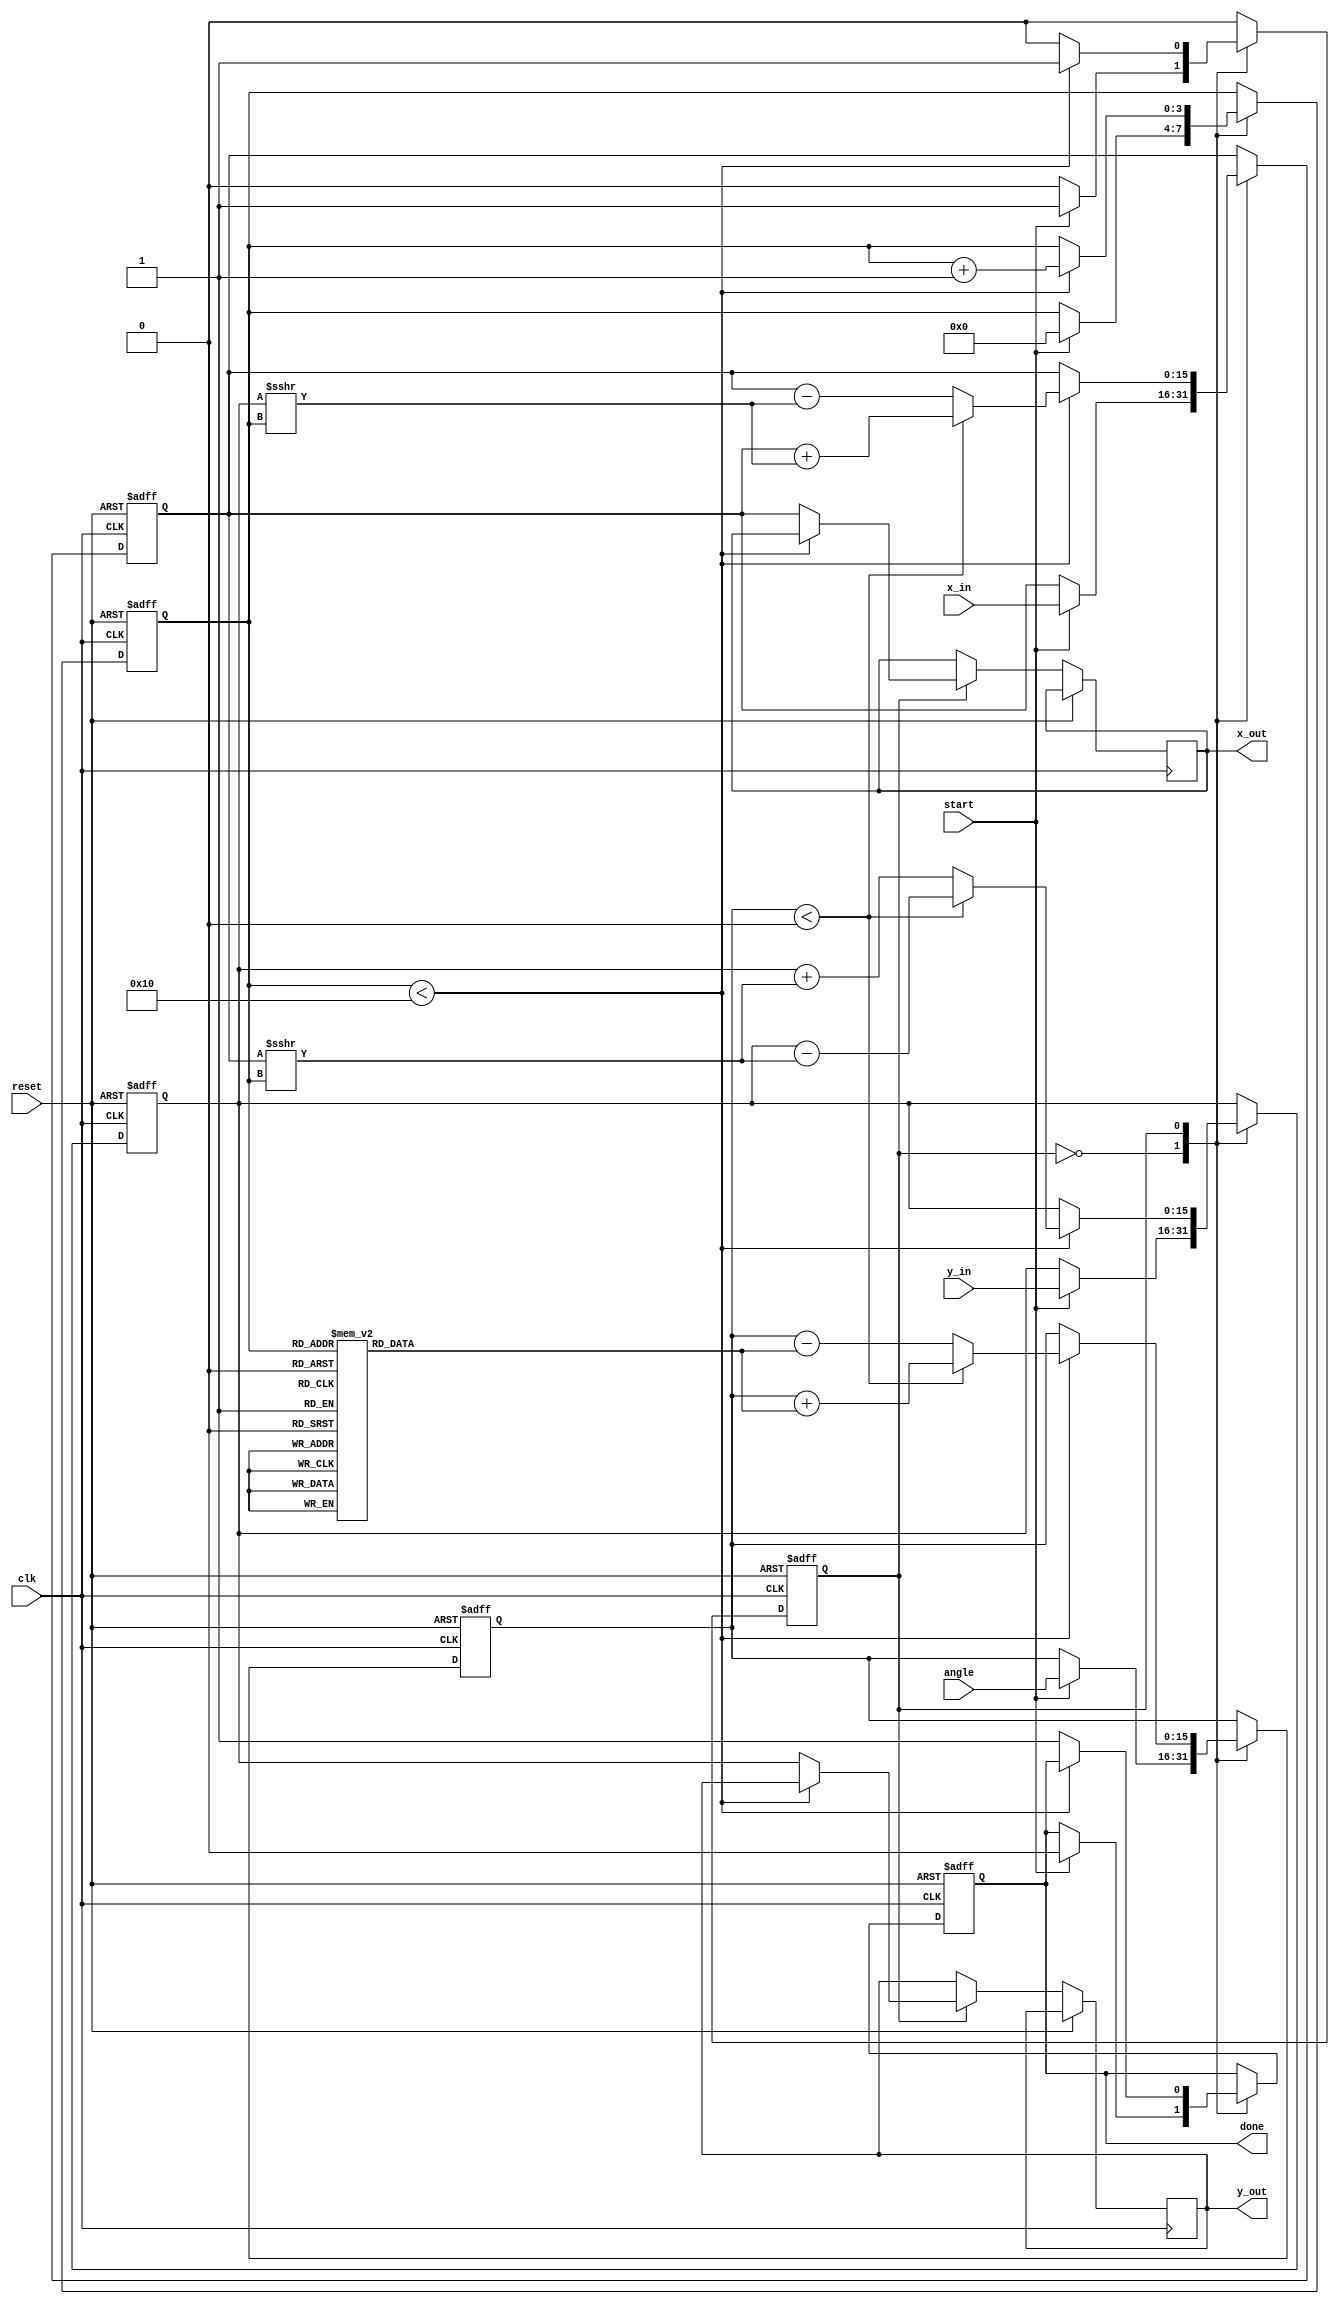
module cordic (
    input wire clk,
    input wire reset,
    input wire start,
    input wire signed [15:0] angle, // Fixed-point angle input
    input wire signed [15:0] x_in,   // Fixed-point x input
    input wire signed [15:0] y_in,   // Fixed-point y input
    output reg signed [15:0] x_out,  // Fixed-point x output
    output reg signed [15:0] y_out,  // Fixed-point y output
    output reg done                 // Operation completion flag
);

    // Parameters
    parameter NUM_ITERATIONS = 16;  // Number of CORDIC iterations
    parameter FIXED_POINT_WIDTH = 16; // Bit-width for fixed-point representation

    // Lookup Table for arctangent values (fixed-point)
    reg signed [FIXED_POINT_WIDTH-1:0] atan_lut [0:NUM_ITERATIONS-1];
    initial begin
        // Populate the LUT with pre-computed atan values (scaled appropriately)
        atan_lut[0] = 16'h3243; // atan(1) = pi/4 in fixed point
        atan_lut[1] = 16'h1DAC; // atan(0.5) = pi/6 in fixed point
        atan_lut[2] = 16'h0FAE; // atan(0.25) = pi/12 in fixed point
        // ... Fill in remaining LUT values
        // Example values are given; you need to calculate the fixed-point values for your LUT
    end

    // Internal registers
    reg signed [FIXED_POINT_WIDTH-1:0] x_reg, y_reg;
    reg signed [FIXED_POINT_WIDTH-1:0] angle_reg;
    reg [3:0] iteration_count;
    reg state;

    // State machine for control logic
    always @(posedge clk or posedge reset) begin
        if (reset) begin
            x_reg <= 0;
            y_reg <= 0;
            angle_reg <= 0;
            iteration_count <= 0;
            done <= 0;
            state <= 0;
        end else begin
            case (state)
                0: begin // Initialization state
                    if (start) begin
                        x_reg <= x_in;
                        y_reg <= y_in;
                        angle_reg <= angle;
                        iteration_count <= 0;
                        done <= 0;
                        state <= 1; // Move to rotation state
                    end
                end
                1: begin // Rotation state
                    if (iteration_count < NUM_ITERATIONS) begin
                        if (angle_reg < 0) begin
                            // Counter-clockwise rotation
                            x_reg <= x_reg + (y_reg >>> iteration_count);
                            y_reg <= y_reg - (x_reg >>> iteration_count);
                            angle_reg <= angle_reg + atan_lut[iteration_count];
                        end else begin
                            // Clockwise rotation
                            x_reg <= x_reg - (y_reg >>> iteration_count);
                            y_reg <= y_reg + (x_reg >>> iteration_count);
                            angle_reg <= angle_reg - atan_lut[iteration_count];
                        end
                        iteration_count <= iteration_count + 1;
                    end else begin
                        // Finalize output
                        x_out <= x_reg;
                        y_out <= y_reg;
                        done <= 1;
                        state <= 0; // Return to initialization state
                    end
                end
            endcase
        end
    end

endmodule